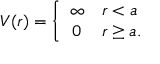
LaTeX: V ( r ) = \left\{ \begin{array} { c l } { { \infty } } & { { r < a } } \\ { { 0 } } & { { r \ge a . } } \end{array} \right.